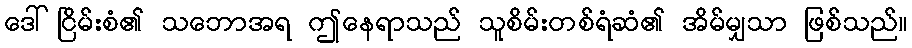
ဒေါ်ငြိမ်းစံ၏ သဘောအရ ဤနေရာသည် သူစိမ်းတစ်ရံဆံ၏ အိမ်မျှသာ ဖြစ်သည်။